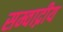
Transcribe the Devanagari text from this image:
सम्वाद्नीय